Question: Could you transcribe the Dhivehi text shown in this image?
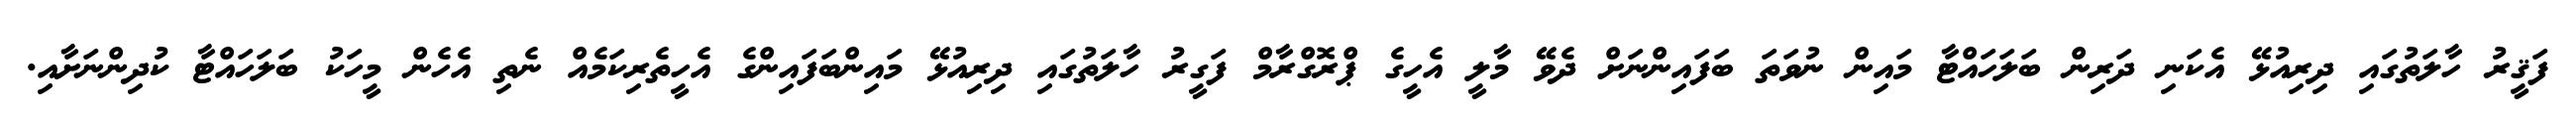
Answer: ފަޤީރު ހާލަތުގައި ދިރިއުޅޭ އެކަނި ދަރިން ބަލަހައްޓާ މައިން ނުވަތަ ބަފައިންނަށް ދެވޭ މާލީ އެހީގެ ޕްރޮގްރާމް ފަގީރު ހާލަތުގައި ދިރިއުޅޭ މައިންބަފައިންގެ އެހީތެރިކަމެއް ނެތި އެހެން މީހަކު ބަލަހައްޓާ ކުދިންނަށާއި.